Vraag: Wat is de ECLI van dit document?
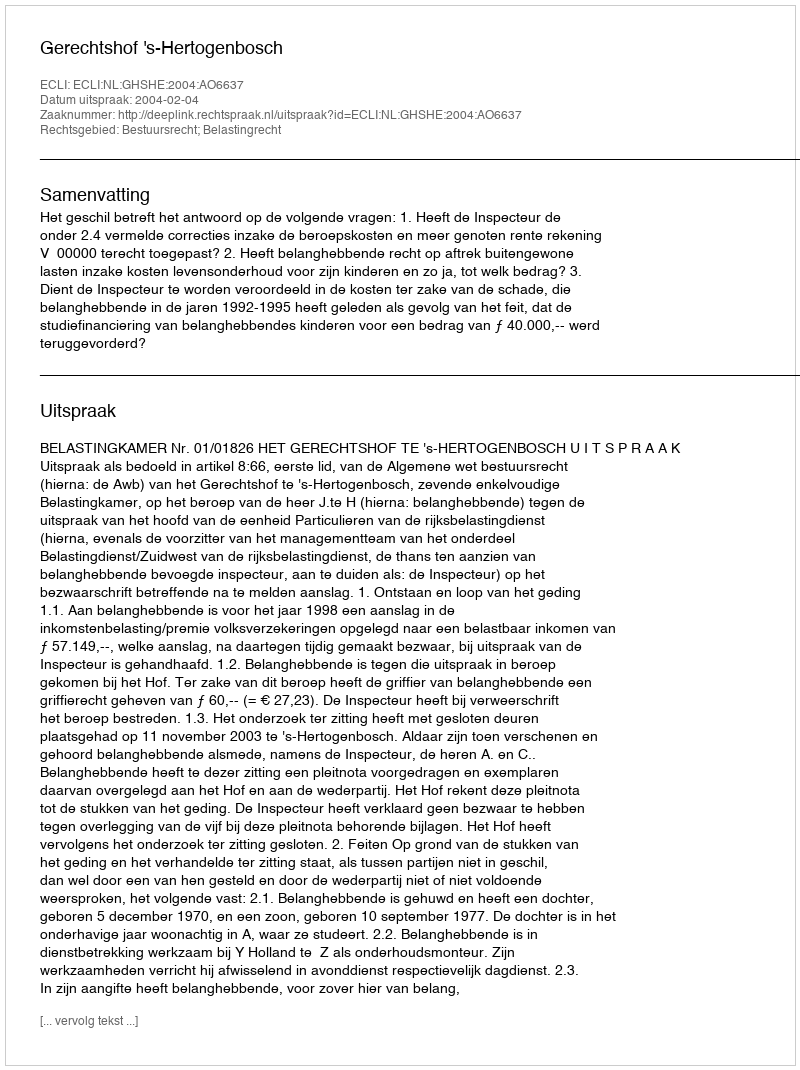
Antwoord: ECLI:NL:GHSHE:2004:AO6637